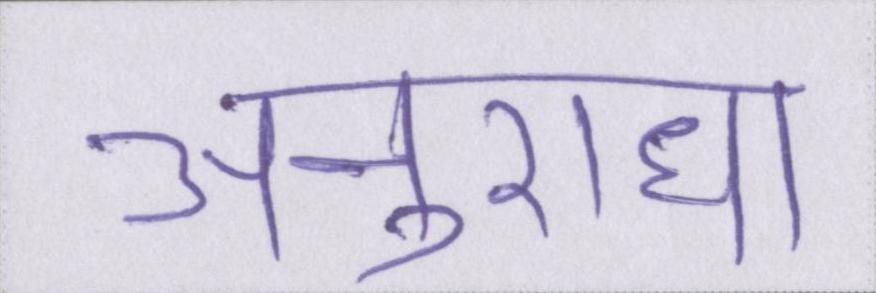
अनुराधा